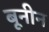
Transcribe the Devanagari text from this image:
बूनीन